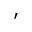
'